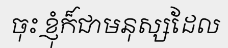
ចុះ ខ្ញុំក៏ជាមនុស្សដែល